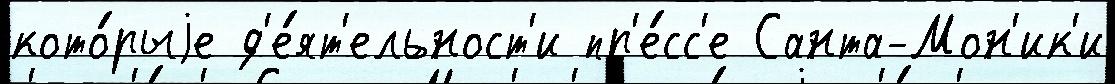
кото́рыjе д'е́ят'ельност'и пр'е́сс'е Санта-Мон'ик'и